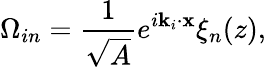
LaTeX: \Omega_{in}=\frac{1}{\sqrt{A}}e^{i\textbf{k}_{i}\cdot\textbf{x}}\xi_{n}(z),